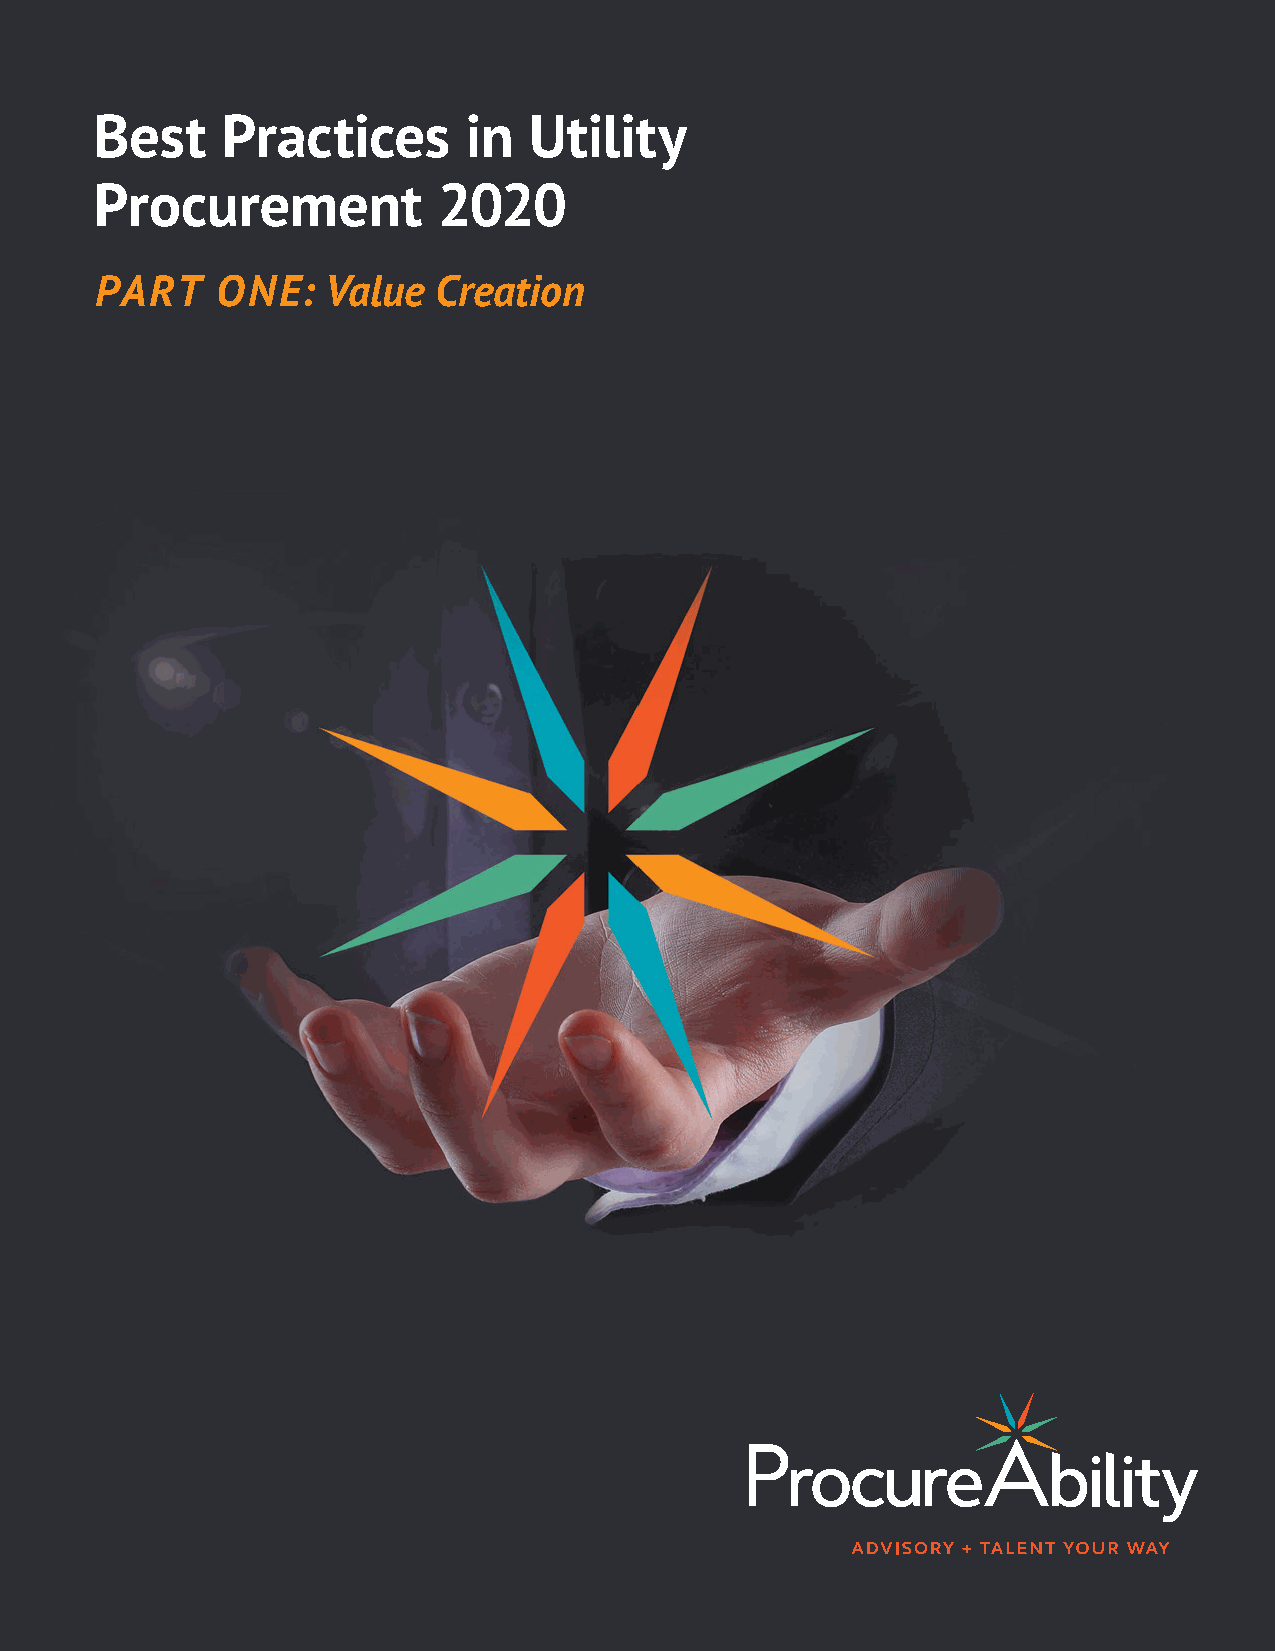
Best     Practices       in  Utility
 Procurement            2020
 PART    ONE:    Value  Creation